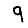
Digit: 9